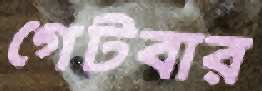
গেটবার